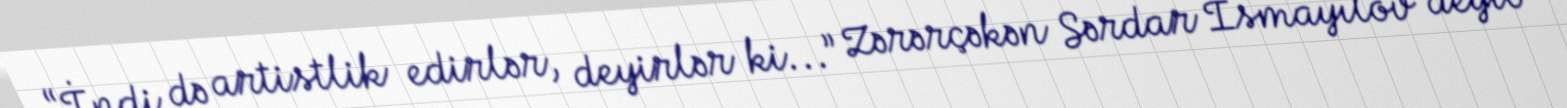
“İndi də artistlik edirlər, deyirlər ki...” Zərərçəkən Sərdar İsmayılov deyib